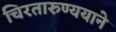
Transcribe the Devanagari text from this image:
चिरतारुण्ययाने